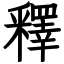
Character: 釋